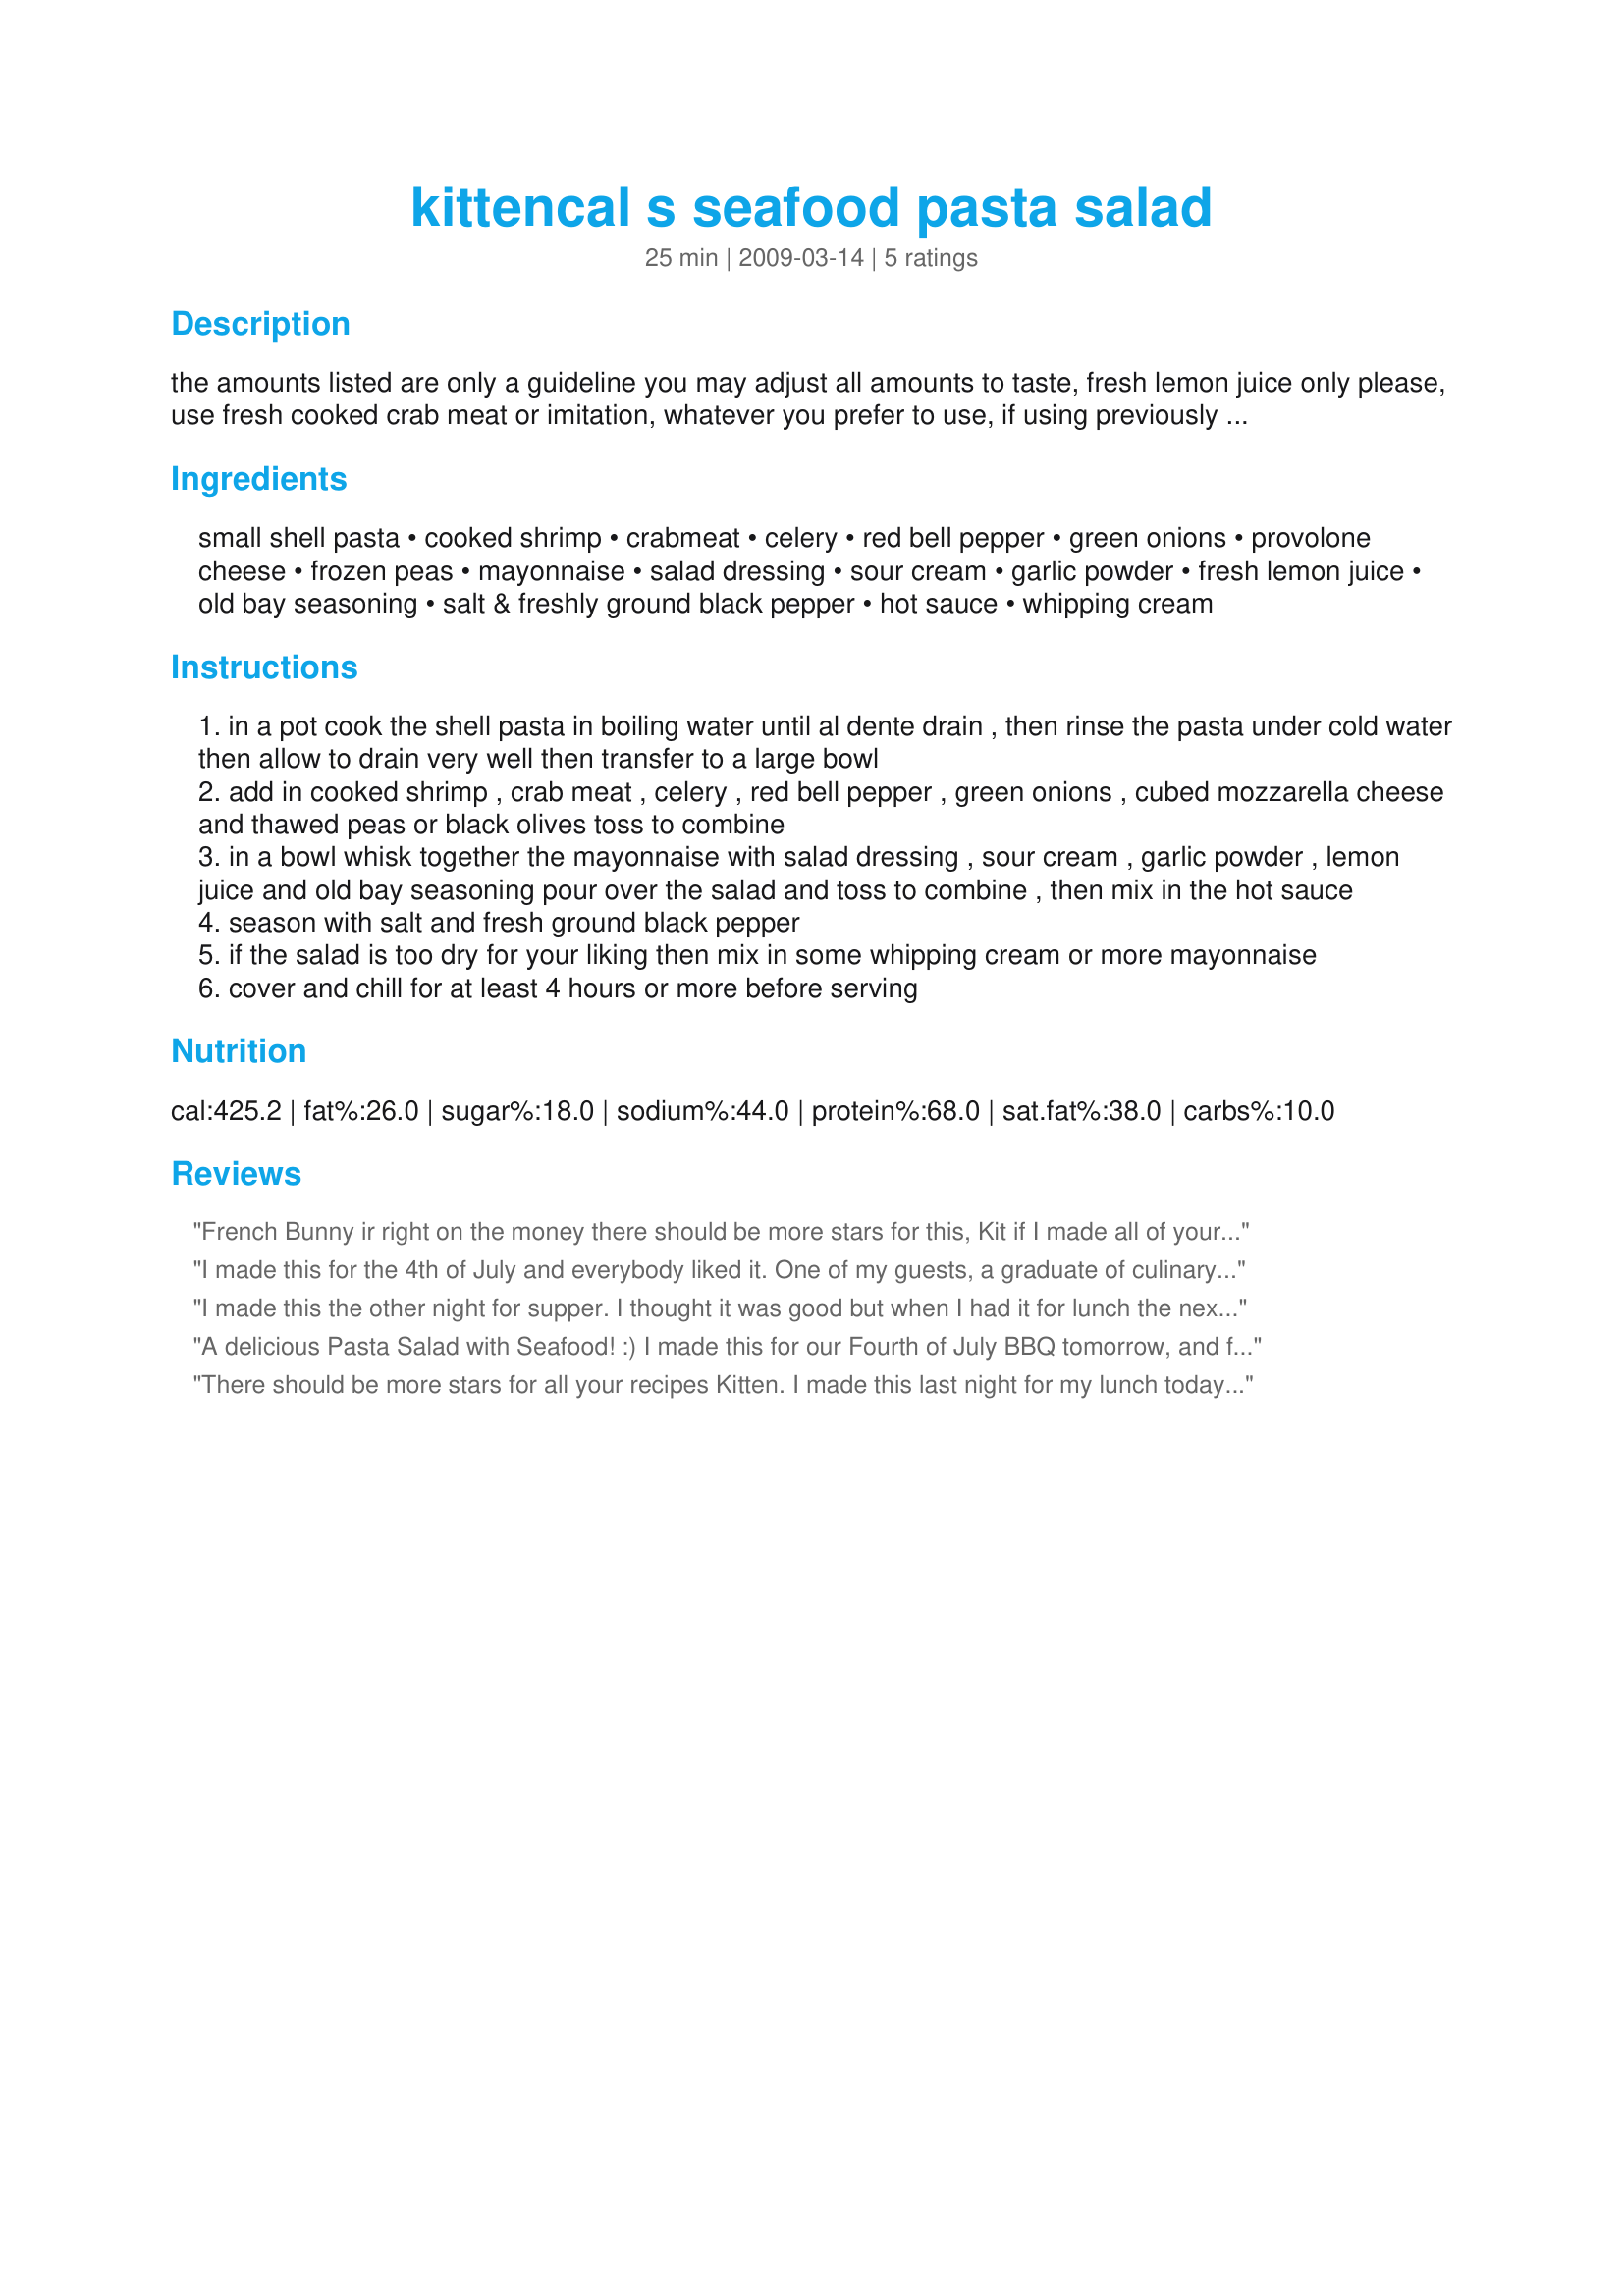
kittencal s seafood pasta salad
Preparation time: 25 minutes

the amounts listed are only a guideline you may adjust all amounts to taste, fresh lemon juice only please, use fresh cooked crab meat or imitation, whatever you prefer to use, if using previously frozen then thawed shrimp hand squeeze out all excess moisture from the shrimp before using in the salad, plan ahead there is a chilling time before serving.

Ingredients:
small shell pasta, cooked shrimp, crabmeat, celery, red bell pepper, green onions, provolone cheese, frozen peas, mayonnaise, salad dressing, sour cream, garlic powder, fresh lemon juice, old bay seasoning, salt & freshly ground black pepper, hot sauce, whipping cream

Steps:
in a pot cook the shell pasta in boiling water until al dente drain , then rinse the pasta under cold water then allow to drain very well then transfer to a large bowl
add in cooked shrimp , crab meat , celery , red bell pepper , green onions , cubed mozzarella cheese and thawed peas or black olives toss to combine
in a bowl whisk together the mayonnaise with salad dressing , sour cream , garlic powder , lemon juice and old bay seasoning pour over the salad and toss to combine , then mix in the hot sauce
season with salt and fresh ground black pepper
if the salad is too dry for your liking then mix in some whipping cream or more mayonnaise
cover and chill for at least 4 hours or more before serving

Reviews:
French Bunny ir right on the money there should be more stars for this, Kit if I made all of your recipes for the rest of my life that would be fine with me, you are amazing, this is a fabulous seafood salad, all the change I made I just used small shrimp, I love Old Bay so I used more, another top notch recipe from the queen of Zaar land, thank Kit
I made this for the 4th of July and everybody liked it. One of my guests, a graduate of culinary school, (oohlala :) gave it a big thumbs up. I used 1 tblsp of Old Bay, but followed everything else as given. I'm making it for the office potluck tomorrow. Thanks for another winner, Kitten.
I made this the other night for supper. I thought it was good but when I had it for lunch the next day it was even better. I omitted the hot sauce, red pepper and next time I won't use as much Old Bay Seasoning. I not crazy for the taste of Old Bay. This is a keeper for sure.
Thanks again.
A delicious Pasta Salad with Seafood! :) I made this for our Fourth of July BBQ tomorrow, and found that we liked a little more Old Bay than called for, and (I think because I didn't have Salad Dressing) that it needed a little bit of sweetness. We added a smidgen of Splenda to get that flavor.

Really tasty! Thank you! This serves as our representation of the line "From Sea to Shining Sea" from "America the Beautiful."
There should be more stars for all your recipes Kitten. I made this last night for my lunch today. Even my Boss loved it. He is lucky I share. My DD had it for lunch as well after I left her a note saying she would like it and to at least try. She called me to say she really enjoyed it. I did half the recipe though. It still made a big bowl full. I bought the medium size shrimps and sliced them up. I really don't like the flavor of the small shrimps. I also used a mix of monteray jack cheese and marbled colby. In the morning I had put in a bit more of Miracle Whip before leaving for lunch and it was perfect. I loved the blend of all the flavors and such a nice crunch with all those fresh veggies. This will be a salad I will make quite a bit. Again thanks Kitten for your recipe. ****Made again for this Memorial Day weekend for a picnic with 10 people. I have to tell you they all loved this so much. I made it this time with Alaskan King Crab and shrimps...mmmmmm so good Kittencal....
